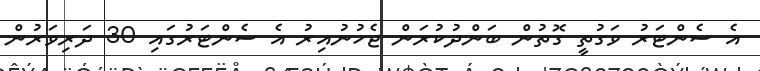
އެ ސެންޓަރު ވަގުތީ ގޮތުން ބަންދުކުރަން ޖެހުނުއިރު އެ ސެންޓަރުގައި 30 ދަރިވަރުން